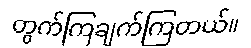
တွက်ကြချက်ကြတယ်။